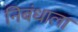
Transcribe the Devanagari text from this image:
निबंधाला